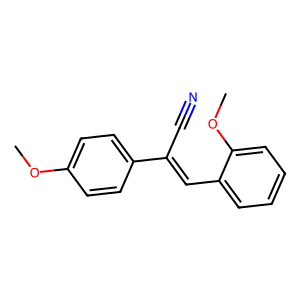
SMILES: COc1ccc(C(C#N)=Cc2ccccc2OC)cc1
Inhibits HIV replication: No